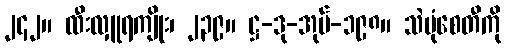
၂၄၂။ ထီးလှူရကျိုး၊ ၂၃၉။ ဋ္ဌ-ဒု-အုပ်-၁၉၈။ သဲပုံစေတီကို